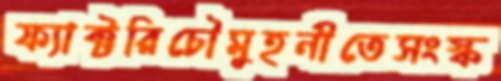
ফ্যাক্টরিচৌমুহনীতেসংস্ক